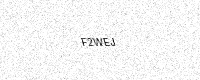
Text: F2WEJ